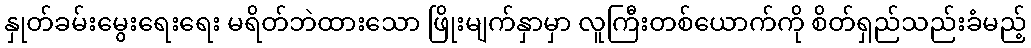
နှုတ်ခမ်းမွေးရေးရေး မရိတ်ဘဲထားသော ဖြိုးမျက်နှာမှာ လူကြီးတစ်ယောက်ကို စိတ်ရှည်သည်းခံမည့်